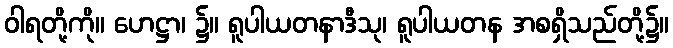
ဝါရတို့ကို။ ဟေဋ္ဌာ၊ ၌။ ရူပါယတနာဒီသု၊ ရူပါယတန အစရှိသည်တို့၌။